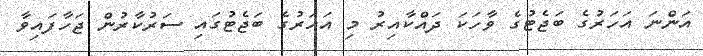
އަންނަ އަހަރުގެ ބަޖެޓުގެ ވާހަކަ ދައްކާއިރު މި އަހަރުގެ ބަޖެޓުގައި ސަރުކާރުން ޖަހާފައިވާ